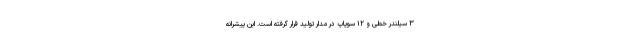
۳ سیلندر خطی و ۱۲ سوپاپ در مدار تولید قرار گرفته است. این پیشرانه